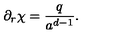
\partial _ { r } \chi = \frac { q } { a ^ { d - 1 } } .